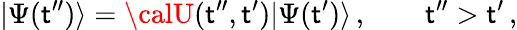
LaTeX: |\Psi(\mathsf{t}^{\prime\prime})\rangle={\calU}(\mathsf{t}^{\prime\prime},\mathsf{t}^{\prime})|\Psi(\mathsf{t}^{\prime})\rangle\, ,\qquad\mathsf{t}^{\prime\prime}>\mathsf{t}^{\prime}\, ,